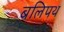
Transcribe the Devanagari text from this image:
बलिपथ